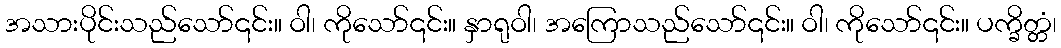
အသားပိုင်းသည်သော်၎င်း။ ဝါ၊ ကိုသော်၎င်း။ နှာရုဝါ၊ အကြောသည်သော်၎င်း။ ဝါ၊ ကိုသော်၎င်း။ ပက္ခိတ္တံ၊